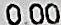
0.00